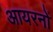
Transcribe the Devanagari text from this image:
आयरनों